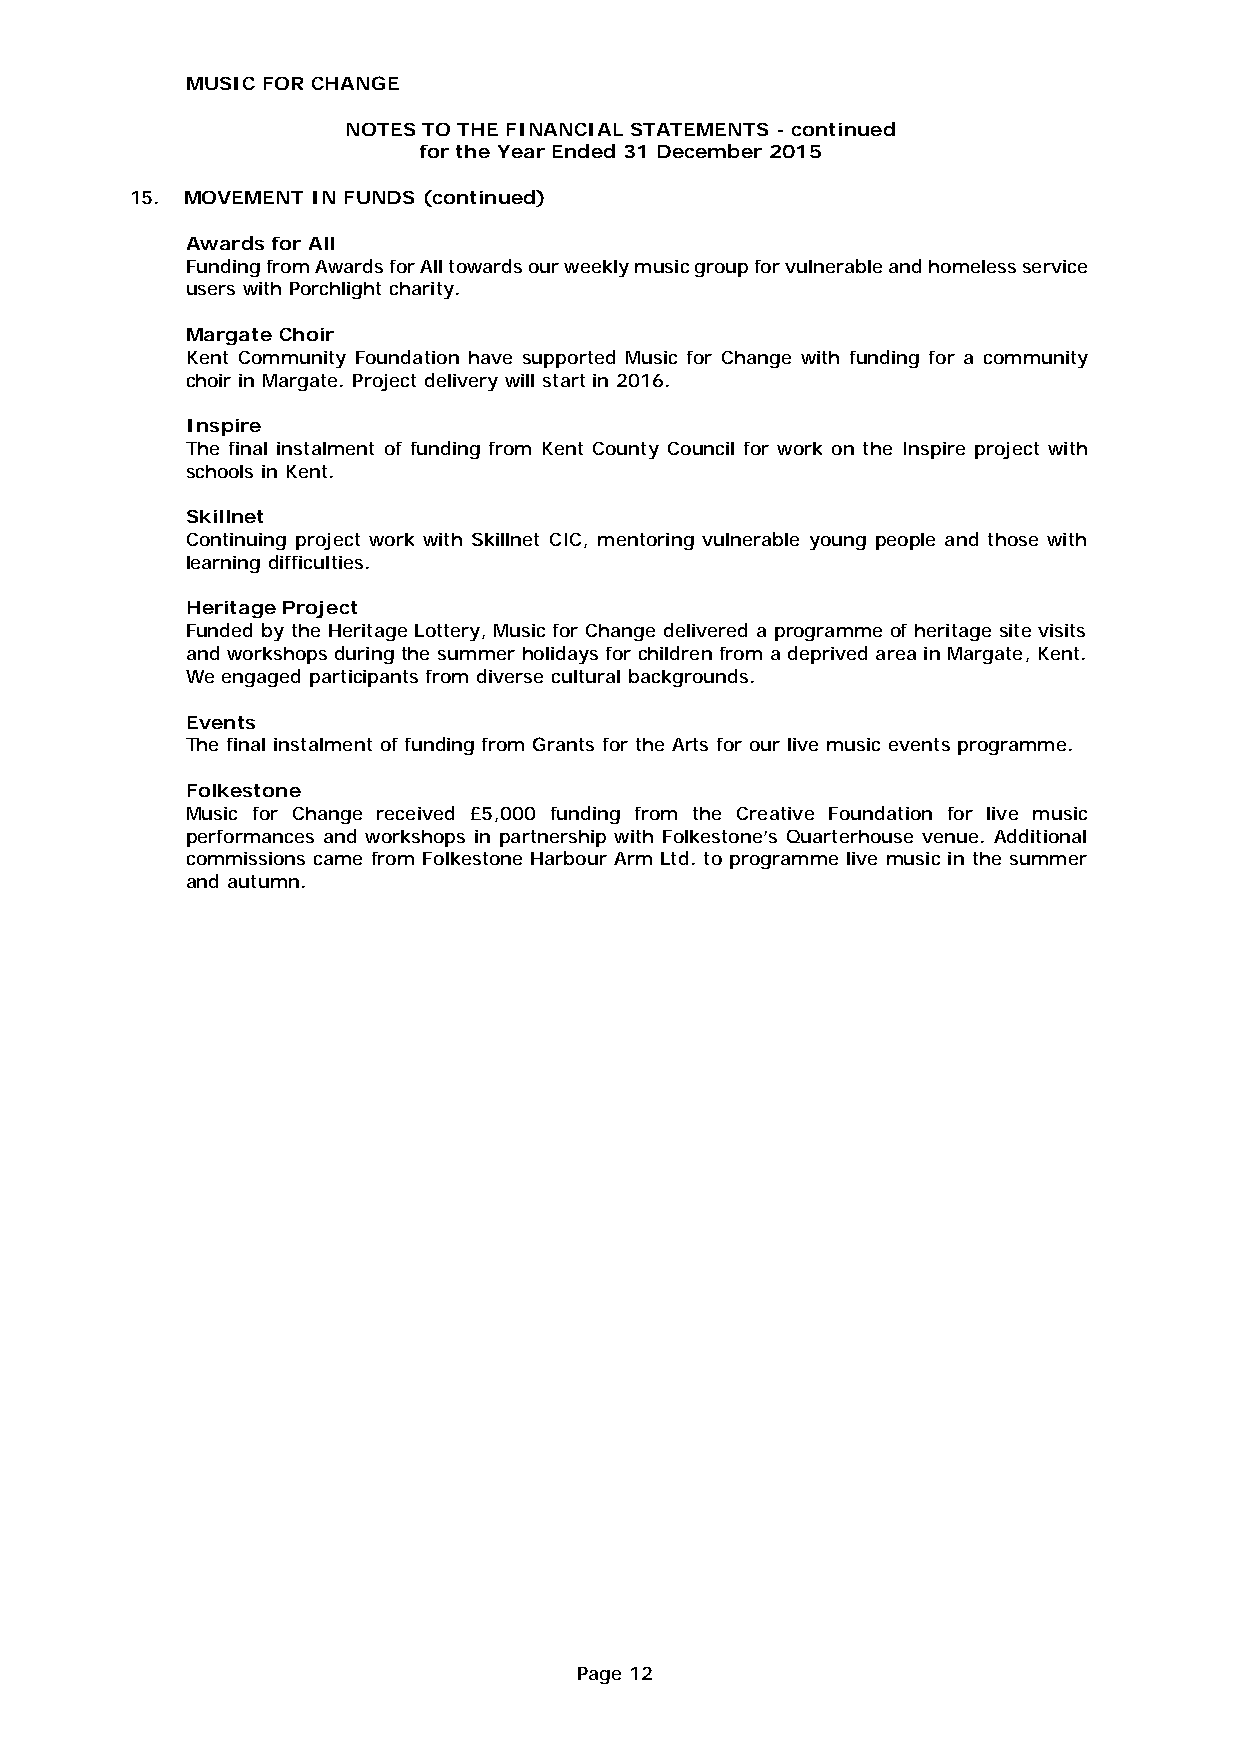
MUSIC FOR CHANGE
 NOTES TO THE FINANCIAL STATEMENTS - continued
 for the Year Ended 31 December 2015
 15. MOVEMENT IN FUNDS (continued)
 Awards for All
 Funding from Awards for All towards our weekly music group for vulnerable and homeless service
 users with Porchlight charity.
 Margate Choir
 Kent Community Foundation have supported Music for Change with funding for a community
 choir in Margate. Project delivery will start in 2016.
 Inspire
 The final instalment of funding from Kent County Council for work on the Inspire project with
 schools in Kent.
 Skillnet
 Continuing project work with Skillnet CIC, mentoring vulnerable young people and those with
 learning difficulties.
 Heritage Project
 Funded by the Heritage Lottery, Music for Change delivered a programme of heritage site visits
 and workshops during the summer holidays for children from a deprived area in Margate, Kent.
 We engaged participants from diverse cultural backgrounds.
 Events
 The final instalment of funding from Grants for the Arts for our live music events programme.
 Folkestone
 Music for Change received £5,000 funding from the Creative Foundation for live music
 performances and workshops in partnership with Folkestone’s Quarterhouse venue. Additional
 commissions came from Folkestone Harbour Arm Ltd. to programme live music in the summer
 and autumn.
 Page 12